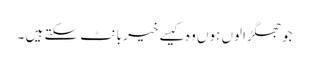
جوجھگڑالوں ہوں وہ کیسے خیر بانٹ سکتے ہیں ۔